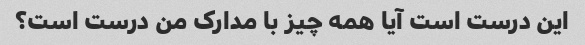
این درست است آیا همه چیز با مدارک من درست است؟